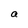
Character: a